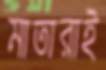
মাতারাই